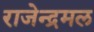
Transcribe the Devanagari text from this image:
राजेन्द्रमल